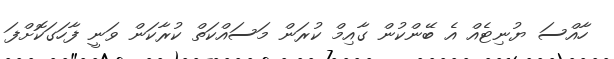
ހާއްސަ ޔުނިޓެއް އެ ބޭންކުން ގާއިމް ކުރަން މަސައްކަތް ކުރާކަން ވަނީ ފާހަގަކޮށްފަ